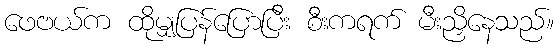
ဖေဗယ်က ထိုမျှပြန်ပြောပြီး စီးကရက် မီးညှိနေသည်။